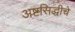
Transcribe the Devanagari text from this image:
अष्टसिद्धीचे